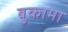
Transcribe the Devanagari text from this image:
बुकामा